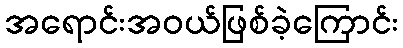
အရောင်းအဝယ်ဖြစ်ခဲ့ကြောင်း